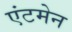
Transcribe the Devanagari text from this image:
एंटमेन